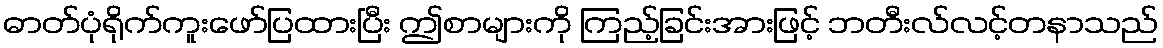
ဓာတ်ပုံရိုက်ကူးဖော်ပြထားပြီး ဤစာများကို ကြည့်ခြင်းအားဖြင့် ဘတီးလ်လင့်တနာသည်